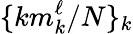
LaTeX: \{ km_{k}^{\ell}/N\} _{k}